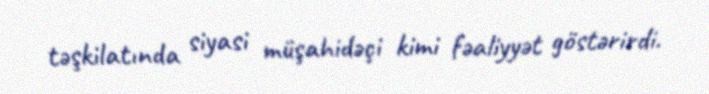
təşkilatında siyasi müşahidəçi kimi fəaliyyət göstərirdi.